Vaccine operations Central Provinces 1868-1885 - 1868-1885
Year: 1868
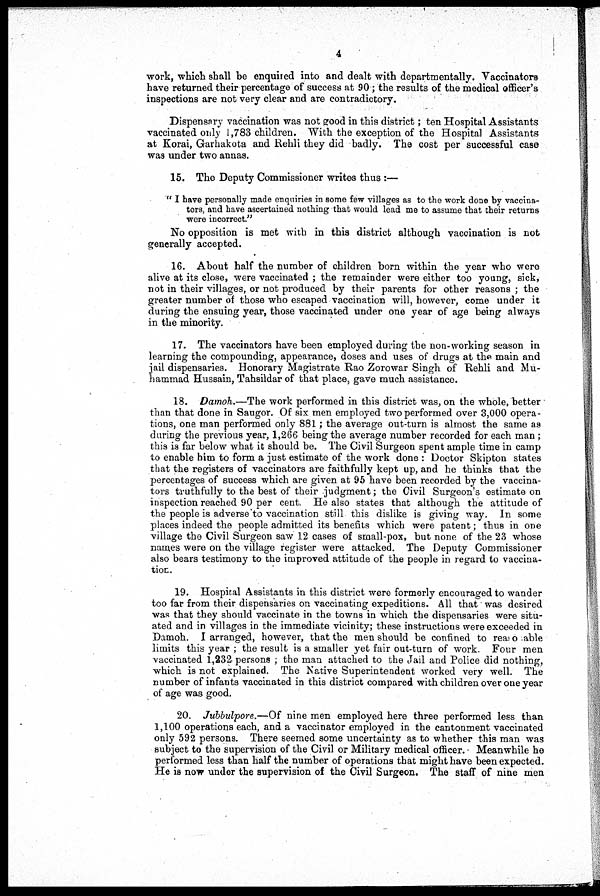
4
work, which shall be enquired into and dealt with departmentally. Vaccinators
have returned their percentage of success at 90; the results of the medical officer's
inspections are not very clear and are contradictory.
Dispensary vaccination was not good in this district; ten Hospital Assistants
vaccinated only 1,783 children. With the exception of the Hospital Assistants
at Korai, Garhakota and Rehli they did badly. The cost per successful case
was under two annas.
15. The Deputy Commissioner writes thus :—
" I have personally made enquiries in some few villages as to the work done by vaccina-
tors, and have ascertained nothing that would lead me to assume that their returns
were incorrect."
No opposition is met with in this district although vaccination is not
generally accepted.
16. About half the number of children born within the year who were
alive at its close, were vaccinated ; the remainder were either too young, sick,
not in their villages, or not produced by their parents for other reasons ; the
greater number of those who escaped vaccination will, however, come under it
during the ensuing year, those vaccinated under one year of age being always
in the minority.
17. The vaccinators have been employed during the non-working season in
learning the compounding, appearance, doses and uses of drugs at the main and
jail dispensaries. Honorary Magistrate Rao Zorowar Singh of Rehli and Mu-
hammad Hussain, Tahsildar of that place, gave much assistance.
18. Damoh.—The work performed in this district was, on the whole, better
than that done in Saugor. Of six men employed two performed over 3,000 opera-
tions, one man performed only 881; the average out-turn is almost the same as
during the previous year, 1,266 being the average number recorded for each man ;
this is far below what it should be. The Civil Surgeon spent ample time in camp
to enable him to form a just estimate of the work done : Doctor Skipton states
that the registers of vaccinators are faithfully kept up, and he thinks that the
percentages of success which are given at 95 have been recorded by the vaccina-
tors truthfully to the best of their judgment; the Civil Surgeon's estimate on
inspection reached 90 per cent. He also states that although the attitude of
the people is adverse to vaccination still this dislike is giving way. In some
places indeed the people admitted its benefits which were patent; thus in one
village the Civil Surgeon saw 12 cases of small-pox, but none of the 23 whose
names were on the village register were attacked. The Deputy Commissioner
also bears testimony to the improved attitude of the people in regard to vaccina-
tion.
19. Hospital Assistants in this district were formerly encouraged to wander
too far from their dispensaries on vaccinating expeditions. All that was desired
was that they should vaccinate in the towns in which the dispensaries were situ-
ated and in villages in the immediate vicinity; these instructions were exceeded in
Damoh. I arranged, however, that the men should be confined to reasonable
limits this year ; the result is a smaller yet fair out-turn of work. Four men
vaccinated 1,232 persons ; the man attached to the Jail and Police did nothing,
which is not explained. The Native Superintendent worked very well. The
number of infants vaccinated in this district compared with children over one year
of age was good.
20. Jubbulpore.—Of nine men employed here three performed less than
1,100 operations each, and a vaccinator employed in the cantonment vaccinated
only 592 persons. There seemed some uncertainty as to whether this man was
subject to the supervision of the Civil or Military medical officer. Meanwhile he
performed less than half the number of operations that might have been expected.
He is now under the supervision of the Civil Surgeon. The staff of nine men